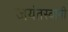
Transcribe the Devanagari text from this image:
जयंतस्वामी